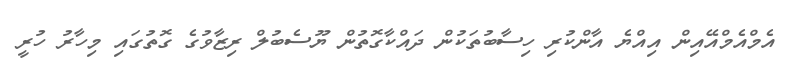
އެމްއެމްއޭއިން އިއްޔެ އާންކުރި ހިސާބުތަކުން ދައްކާގޮތުން ޔޫސެބުލް ރިޒާވުގެ ގޮތުގައި މިހާރު ހުރީ